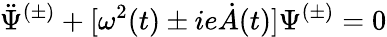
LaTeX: \ddot{\Psi}^{(\pm)}+[\omega^{2}(t)\pm ie\dot{A}(t)]\Psi^{(\pm)}=0